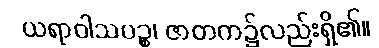
ယရာဝါသပဉ္စ၊ ဇာတက၌လည်းရှိ၏။